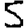
Digit: 5